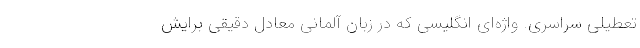
تعطیلی سراسری. واژه‌ای انگلیسی که در زبان آلمانی معادل دقیقی برایش